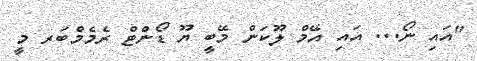
"އައި ނޯ... އައި އޭމް ލޫކަން މޭބީ ޔޫ ޑޯންޓް ރެމެމްބަރ މީ